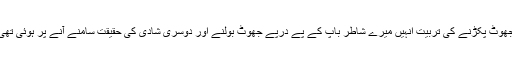
جھوٹ پکڑنے کی تربیت انہیں میرے شاطر باپ کے پے درپے جھوٹ بولنے اور دوسری شادی کی حقیقت سامنے آنے پر ہوئی تھی۔